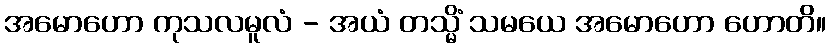
အမောဟော ကုသလမူလံ - အယံ တသ္မိံ သမယေ အမောဟော ဟောတိ။